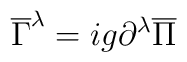
\overline{\Gamma}^{\lambda} = ig \partial^{\lambda}\overline{\Pi}